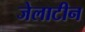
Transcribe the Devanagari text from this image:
जेलाटीन